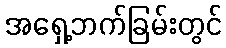
အရှေ့ဘက်ခြမ်းတွင်